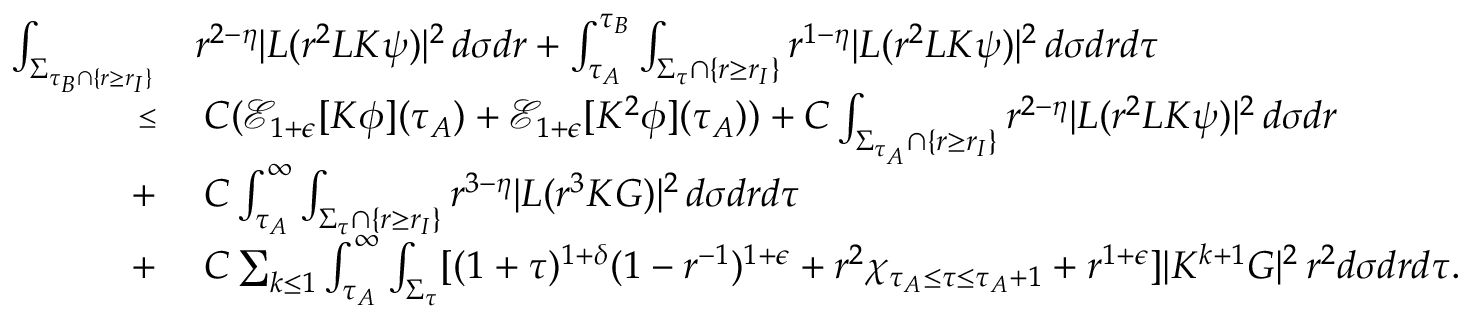
\begin{array} { r l } { \int _ { \Sigma _ { \tau _ { B } \cap \{ r \geq r _ { I } \} } } } & { r ^ { 2 - \eta } | L ( r ^ { 2 } L K \psi ) | ^ { 2 } \, d \sigma d r + \int _ { \tau _ { A } } ^ { \tau _ { B } } \int _ { \Sigma _ { \tau } \cap \{ r \geq r _ { I } \} } r ^ { 1 - \eta } | L ( r ^ { 2 } L K \psi ) | ^ { 2 } \, d \sigma d r d \tau } \\ { \substack { \leq } } & { \: C ( \mathcal { E } _ { 1 + \epsilon } [ K \phi ] ( \tau _ { A } ) + \mathcal { E } _ { 1 + \epsilon } [ K ^ { 2 } \phi ] ( \tau _ { A } ) ) + C \int _ { \Sigma _ { \tau _ { A } } \cap \{ r \geq r _ { I } \} } r ^ { 2 - \eta } | L ( r ^ { 2 } L K \psi ) | ^ { 2 } \, d \sigma d r } \\ { + } & { \: C \int _ { \tau _ { A } } ^ { \infty } \int _ { \Sigma _ { \tau } \cap \{ r \geq r _ { I } \} } r ^ { 3 - \eta } | L ( r ^ { 3 } K G ) | ^ { 2 } \, d \sigma d r d \tau } \\ { + } & { \: C \sum _ { k \leq 1 } \int _ { \tau _ { A } } ^ { \infty } \int _ { \Sigma _ { \tau } } [ ( 1 + \tau ) ^ { 1 + \delta } ( 1 - r ^ { - 1 } ) ^ { 1 + \epsilon } + r ^ { 2 } \chi _ { \tau _ { A } \leq \tau \leq \tau _ { A } + 1 } + r ^ { 1 + \epsilon } ] | K ^ { k + 1 } G | ^ { 2 } \, r ^ { 2 } d \sigma d r d \tau . } \end{array}